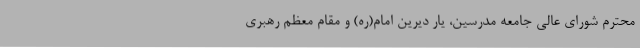
محترم شورای عالی جامعه مدرسین، یار دیرین امام(ره) و مقام معظم رهبری